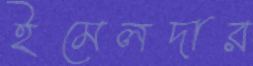
ইমেলদার